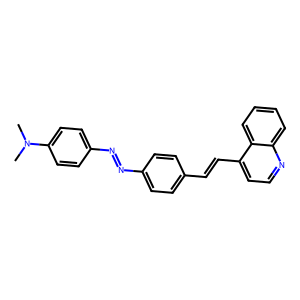
SMILES: CN(C)c1ccc(N=Nc2ccc(C=Cc3ccnc4ccccc34)cc2)cc1
Inhibits HIV replication: No